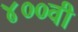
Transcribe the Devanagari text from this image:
४००वी